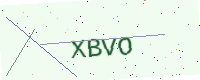
Text: XBVO